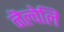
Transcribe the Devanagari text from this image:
नॆल्वेलि